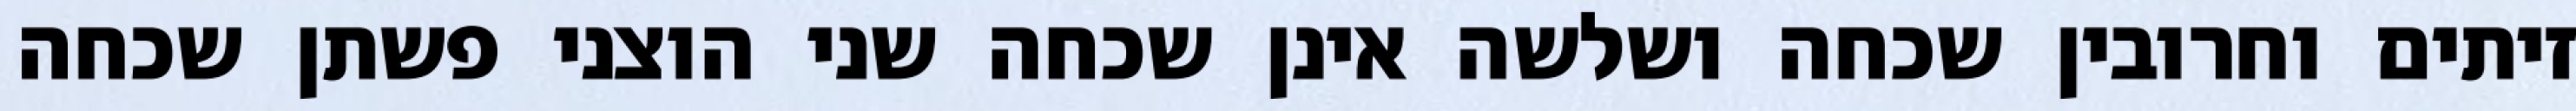
זיתים וחרובין שכחה ושלשה אינן שכחה שני הוצני פשתן שכחה